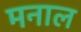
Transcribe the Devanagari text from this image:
मनाल